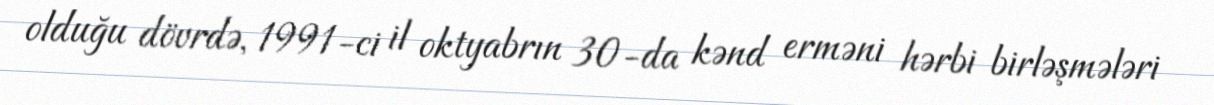
olduğu dövrdə, 1991-ci il oktyabrın 30-da kənd erməni hərbi birləşmələri